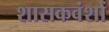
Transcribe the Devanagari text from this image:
शासकवंशों